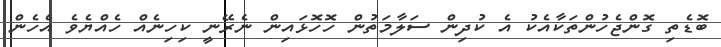
ބޮޑެތި ގޮންޖެހުންތަކާއެކު އެ ކުދިން ސަލާމަތުން ހޮހޮޅައިން ނެރޭނީ ކިހިނެއް ހެއްޔެވެ އެހެން